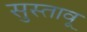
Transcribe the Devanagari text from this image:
सुस्तावू